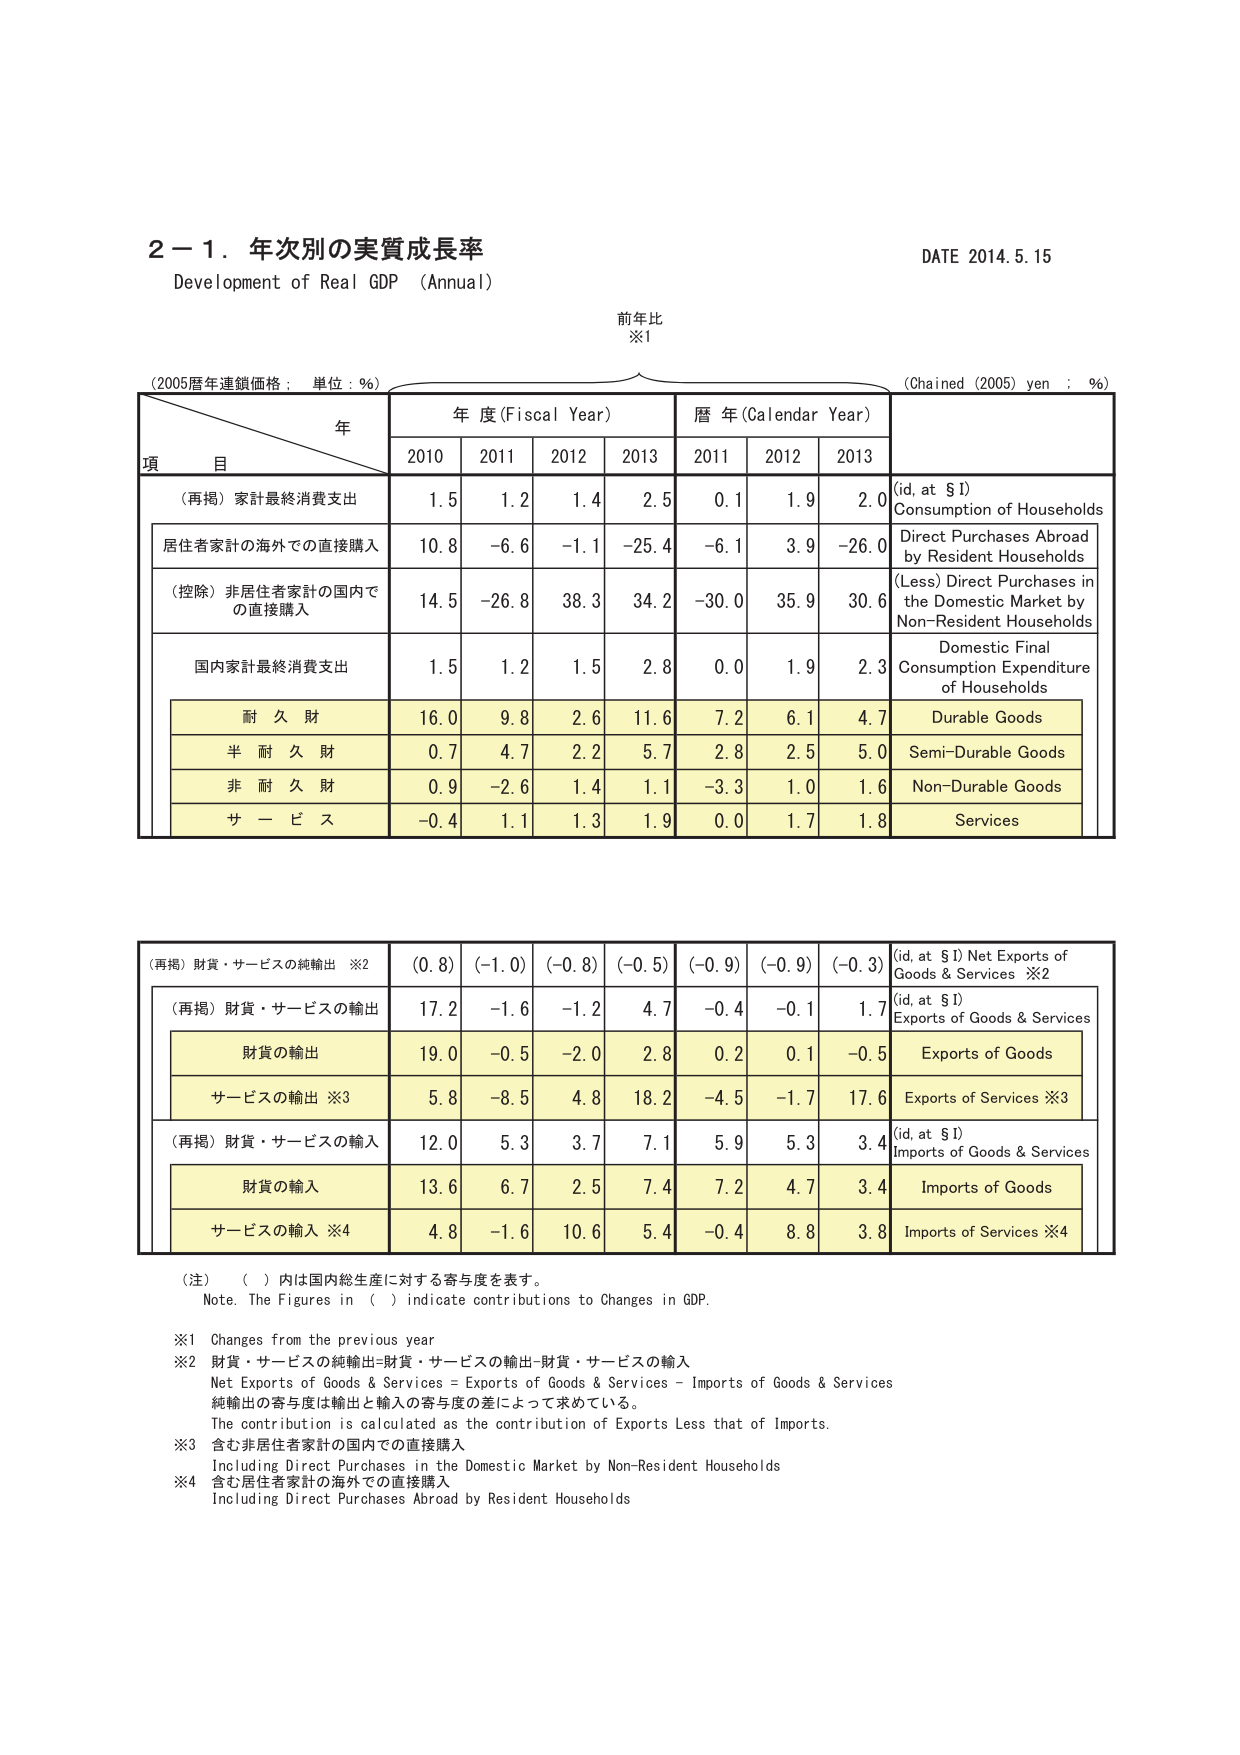
2－1．年次別の実質成長率
Development of Real GDP (Annual)
DATE 2014.5.15

前年比
※1

(2005暦年連鎖価格：単位：％)
年
項 目
年度 (Fiscal Year)
暦年 (Calendar Year)
(Chained (2005) yen : %)

2010  2011  2012  2013  2011  2012  2013

(再掲) 家計最終消費支出
1.5   1.2   1.4   2.5   0.1   1.9   2.0
(id, at $1)
Consumption of Households

居住者家計の海外での直接購入
10.8  -6.6  -1.1  -25.4 -6.1  3.9   -26.0
Direct Purchases Abroad by Resident Households

(控除) 非居住者家計の国内での直接購入
14.5  -26.8 38.3  34.2  -30.0 35.9  30.6
(Less) Direct Purchases in the Domestic Market by Non-Resident Households

国内家計最終消費支出
1.5   1.2   1.5   2.8   0.0   1.9   2.3
Domestic Final Consumption Expenditure of Households

耐 久 財
16.0  9.8   2.6   11.6  7.2   6.1   4.7
Durable Goods

半 耐 久 財
0.7   4.7   2.2   5.7   2.8   2.5   5.0
Semi-Durable Goods

非 耐 久 財
0.9   -2.6  1.4   1.1   -3.3  1.0   1.6
Non-Durable Goods

サ ー ビ ス
-0.4  1.1   1.3   1.9   0.0   1.7   1.8
Services

(再掲) 財貨・サービスの純輸出 ※2
(0.8) (-1.0) (-0.8) (-0.5) (-0.9) (-0.9) (-0.3)
(id, at $1) Net Exports of Goods & Services ※2

(再掲) 財貨・サービスの輸出
17.2  -1.6  -1.2  4.7   -0.4  -0.1  1.7
(id, at $1)
Exports of Goods & Services

財貨の輸出
19.0  -0.5  -2.0  2.8   0.2   0.1   -0.5
Exports of Goods

サービスの輸出 ※3
5.8   -8.5  4.8   18.2  -4.5  -1.7  17.6
Exports of Services ※3

(再掲) 財貨・サービスの輸入
12.0  5.3   3.7   7.1   5.9   5.3   3.4
(id, at $1)
Imports of Goods & Services

財貨の輸入
13.6  6.7   2.5   7.4   7.2   4.7   3.4
Imports of Goods

サービスの輸入 ※4
4.8   -1.6  10.6  5.4   -0.4  8.8   3.8
Imports of Services ※4

(注) （ ）内は国内総生産に対する寄与度を表す。
Note. The Figures in ( ) indicate contributions to Changes in GDP.

※1 Changes from the previous year
※2 財貨・サービスの純輸出＝財貨・サービスの輸出－財貨・サービスの輸入
Net Exports of Goods & Services = Exports of Goods & Services – Imports of Goods & Services
純輸出の寄与度は輸出と輸入の寄与度の差によって求めている。
The contribution is calculated as the contribution of Exports Less that of Imports.
※3 含む非居住者家計の国内での直接購入
Including Direct Purchases in the Domestic Market by Non-Resident Households
※4 含む居住者家計の海外での直接購入
Including Direct Purchases Abroad by Resident Households